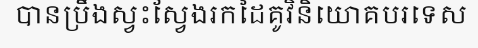
បានប្រឹងស្វះស្វែងរកដៃគូវិនិយោគបរទេស